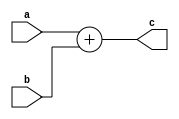
module add(a,b,c);
output c;
input a,b;
assign c =a+b;
endmodule